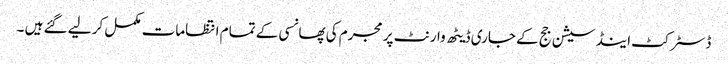
ڈسٹرکٹ اینڈ سیشن جج کے جاری ڈیٹھ وارنٹ پر مجرم کی پھانسی کے تمام انتظامات مکمل کر لیے گئے ہیں ۔